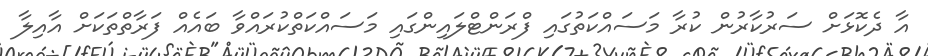
އާ ދެކޮޅަށް ސަރުކާރުން ކުރާ މަސައްކަތުގައި ފްރަންޓްލައިންގައި މަސައްކަތްކުރައްވާ ބައެއް ފަރާތްތަކަށް އާއިލާ